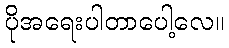
ပိုအရေးပါတာပေါ့လေ။